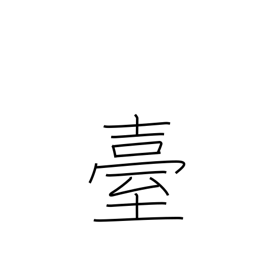
Meaning: stand